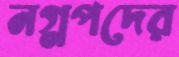
নগ্নপদের